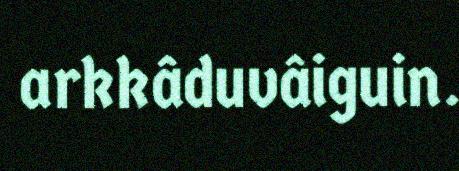
arkkâduvâiguin.